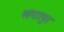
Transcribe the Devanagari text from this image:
खंगारपुर